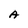
Character: A